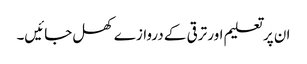
ان پر تعلیم اور ترقی کے دروازے کھل جائیں۔